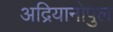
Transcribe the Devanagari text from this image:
अद्रियानोपुल